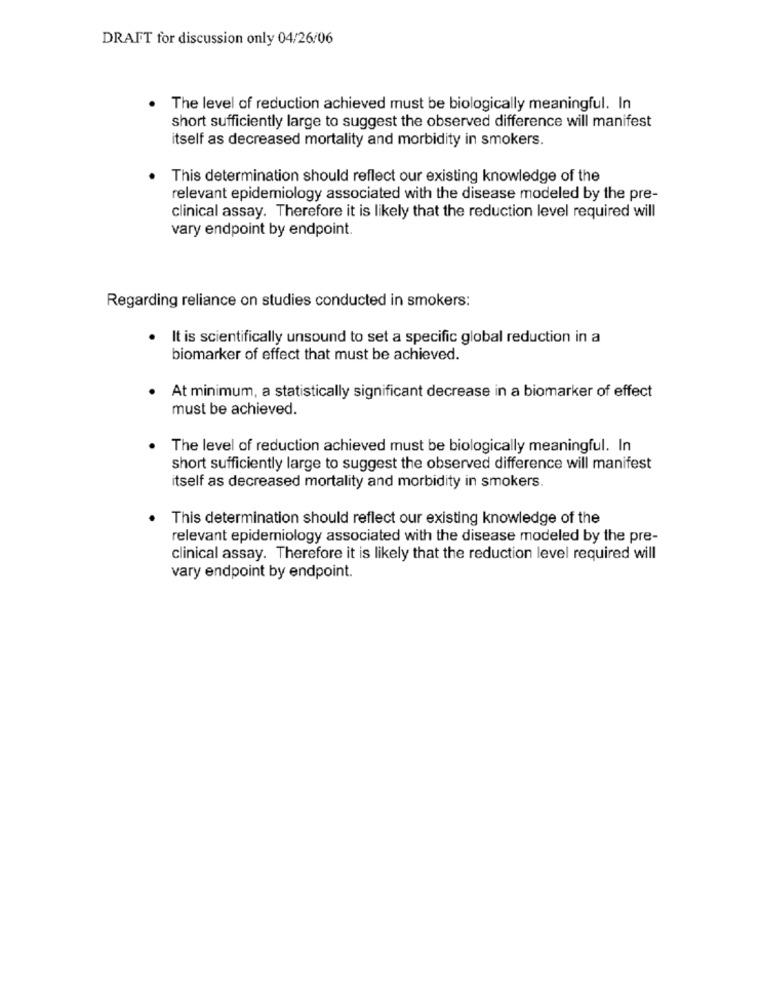
DRAFT for discussion only 04/26/06
The level of reduction achieved must be biologically meaningful. In
short sufficiently large to suggest the observed difference will manifest
itself as decreased mortality and morbidity in smokers.
This determination should reflect our existing knowledge of the
relevant epidemiology associated with the disease modeled by the pre-
clinical assay. Therefore it is likely that the reduction level required will
vary endpoint by endpoint.
Regarding reliance on studies conducted in smokers:
. It is scientifically unsound to set a specific global reduction in a
biomarker of effect that must be achieved.
At minimum, a statistically significant decrease in a biomarker of effect
must be achieved.
The level of reduction achieved must be biologically meaningful. In
short sufficiently large to suggest the observed difference will manifest
itself as decreased mortality and morbidity in smokers.
This determination should reflect our existing knowledge of the
relevant epidemiology associated with the disease modeled by the pre-
clinical assay. Therefore it is likely that the reduction level required will
vary endpoint by endpoint.